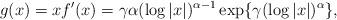
LaTeX: \begin{align*}g(x) = x f'(x) = \gamma \alpha (\log |x|)^{\alpha -1} \exp \{ \gamma (\log |x|)^\alpha \},\end{align*}